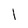
Character: 1